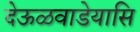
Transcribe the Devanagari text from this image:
देऊळवाडेयासि